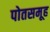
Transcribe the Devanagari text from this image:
पोतसमूह